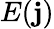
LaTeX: E(\mathbf{j})